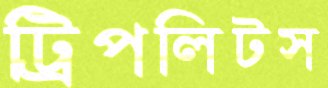
ট্রিপলিটস